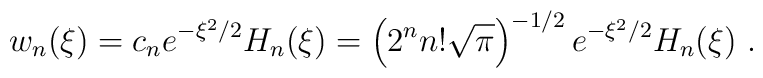
w_n (\xi) = c_n e^{-\xi^2 / 2} H_n (\xi) = \left( 2^n n! \sqrt{\pi} \right)^{-1/2} e^{-\xi^2 / 2} H_n (\xi) \ .